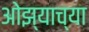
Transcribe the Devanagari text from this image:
ओझ्याच्या